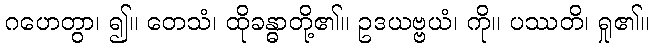
ဂဟေတွာ၊ ၍။ တေသံ၊ ထိုခန္ဓာတို့၏။ ဥဒယဗ္ဗယံ၊ ကို။ ပဿတိ၊ ရှု၏။